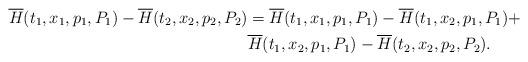
LaTeX: \begin{align*} \begin{aligned} \overline{H}(t_{1},x_{1},p_{1},P_{1}) - \overline{H}(t_{2},x_{2},p_{2},P_{2}) & = \overline{H}(t_{1},x_{1},p_{1},P_{1}) - \overline{H}(t_{1},x_{2},p_{1},P_{1}) +\\ & \overline{H}(t_{1},x_{2},p_{1},P_{1})- \overline{H}(t_{2},x_{2},p_{2},P_{2}). \end{aligned}\end{align*}